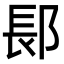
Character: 𬪆